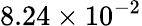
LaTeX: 8.24\times 10^{-2}